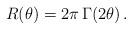
LaTeX: \begin{align*}R(\theta)=2\pi\,\Gamma(2\theta)\,.\end{align*}